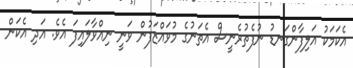
އެކަމަކު އަލިފާންގަނޑު ނުފެތުރެނީސް އެތަނުގެ މުވައްޒަފުން ވަނީ ނިއްވާލައިފަ އެވެ. އަދި އެކަން